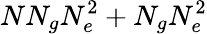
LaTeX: NN_{g}N_{e}^{2}+N_{g}N_{e}^{2}